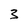
Character: 3